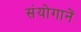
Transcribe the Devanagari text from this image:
संयोगानें